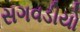
સગવડીયો